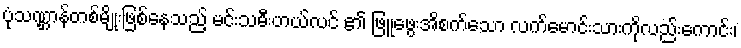
ပုံသဏ္ဌာန်တစ်မျိုးဖြစ်နေသည့် မင်းသမီးဟယ်လင် ၏ ဖြူဖွေးအိစက်သော လက်မောင်းသားကိုလည်းကောင်း၊